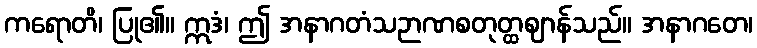
ကရောတိ၊ ပြု၏။ ဣဒံ၊ ဤ အနာဂတံသဉာဏစတုတ္ထဈာန်သည်။ အနာဂတေ၊